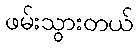
ဖမ်းသွားတယ်